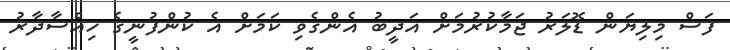
ފަސް މިލިޔަން ޑޮލަރު ޖަމާކުރުމަށް އަދީބު އެންގެވި ކަމަށް އެ ކުންފުނީގެ ހިއްސާދާރު